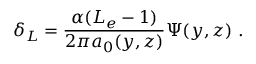
\delta _ { L } = \frac { \alpha ( L _ { e } - 1 ) } { 2 \pi a _ { 0 } ( y , z ) } \Psi ( y , z ) \ .